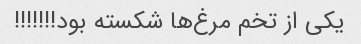
یکی از تخم مرغ‌ها شکسته بود!!!!!!!